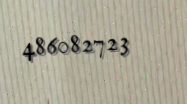
486082723